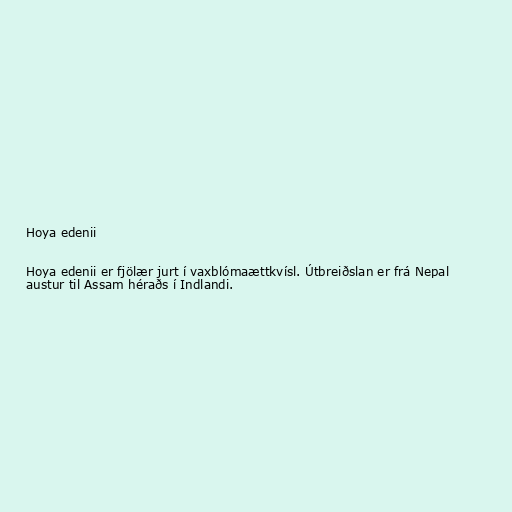
Hoya edenii

Hoya edenii er fjölær jurt í vaxblómaættkvísl. Útbreiðslan er frá Nepal
austur til Assam héraðs í Indlandi.